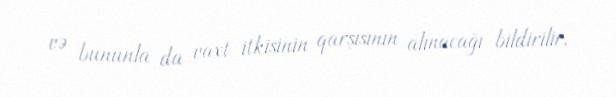
və bununla da vaxt itkisinin qarşısının alınacağı bildirilir.